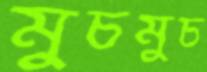
মুচমুচ